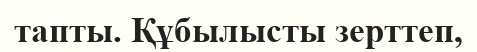
тапты. Құбылысты зерттеп,